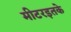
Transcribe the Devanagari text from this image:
मीटरइतके